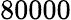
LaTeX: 80000